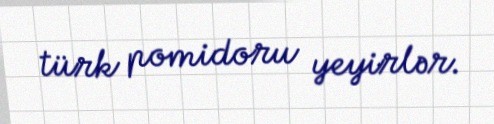
türk pomidoru yeyirlər.